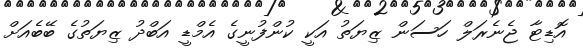
އޮޑިޓާ ޖެނެރަލް ހަސަން ޒިޔަތު އަކީ ކުންފުނީގެ އެމްޑީ އަބްދު ޒިޔަތުގެ ބޭބެއަށް